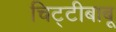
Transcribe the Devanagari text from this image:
चिट्टीबाबू